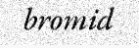
bromid